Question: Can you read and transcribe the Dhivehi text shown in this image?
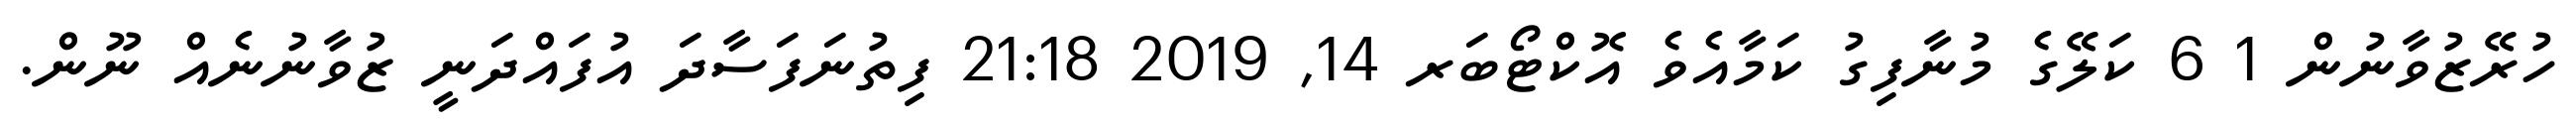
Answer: ހުރޭޒުވާނުން 1 6 ކަލޭގެ މުނާފިގު ކަމާއެވެ އޮކްޓޯބަރ 14, 2019 21:18 ފިތުނަފަސާދަ އުފައްދަނީ ޒުވާނުނެއް ނޫން.